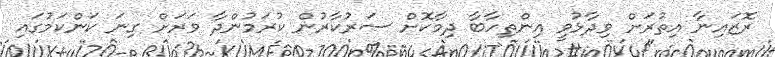
ރޮޒައިނާ އިތުރަށް ވިދާޅުވީ އިންތިހާބާ ދިމާކޮށް ސަރުކާރުން ކުރަމުންދާ ވަރަށް ގިނަ ކަންކަމުގައި